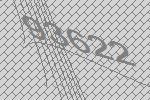
93622